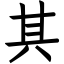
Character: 其